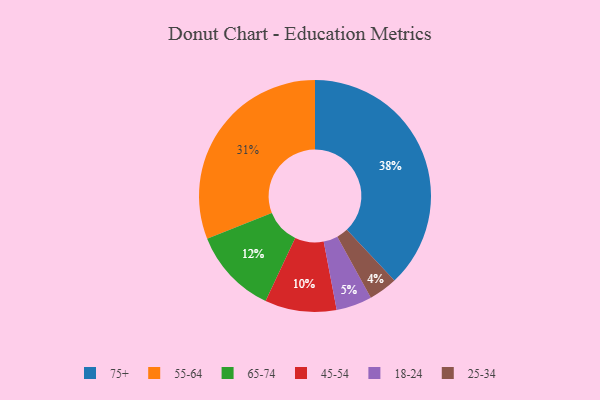
{"axis": {"x": "Category", "y": "Percentage"}, "legend": ["18-24", "25-34", "45-54", "55-64", "65-74", "75+"], "data": [{"x": "25-34", "y": 4, "type": "25-34"}, {"x": "75+", "y": 38, "type": "75+"}, {"x": "45-54", "y": 10, "type": "45-54"}, {"x": "55-64", "y": 31, "type": "55-64"}, {"x": "65-74", "y": 12, "type": "65-74"}, {"x": "18-24", "y": 5, "type": "18-24"}]}